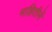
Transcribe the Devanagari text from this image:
माहितीनें